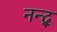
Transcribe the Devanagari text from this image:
नन्द्